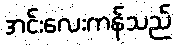
အင်းလေးကန်သည်